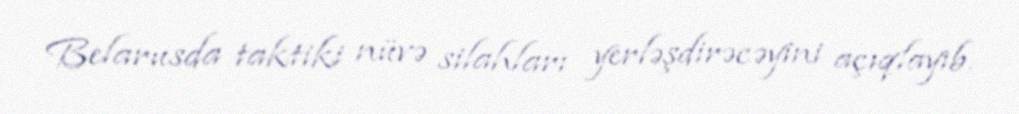
Belarusda taktiki nüvə silahları yerləşdirəcəyini açıqlayıb.